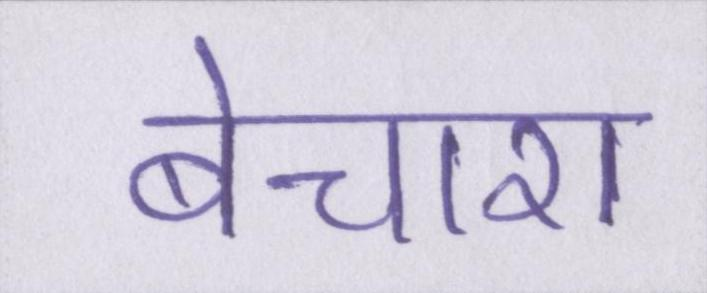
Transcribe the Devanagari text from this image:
बेचारा